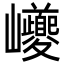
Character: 巙